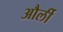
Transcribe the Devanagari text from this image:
और्ली